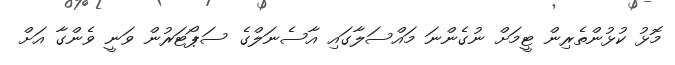
މޮޅު ކުޅުންތެރިން ޓީމަށް ނުގެންނަ މައްސަލާގައި އާސެނަލްގެ ސަޕޯޓަރުން ވަނީ ވެންގާ އަށް